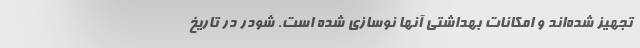
تجهیز شده‌اند و امکانات بهداشتی آنها نوسازی شده است. شودر در تاریخ